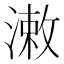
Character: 潄